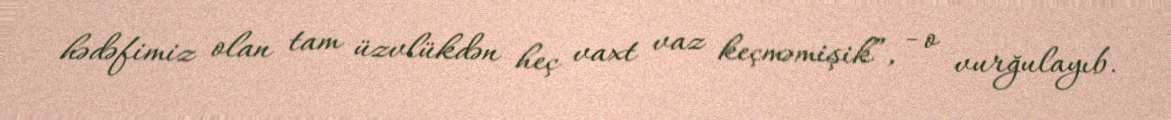
hədəfimiz olan tam üzvlükdən heç vaxt vaz keçməmişik”, - o vurğulayıb.